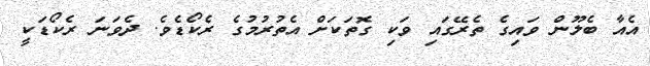
އެއާ ބެލޫން ވައިގެ ތެރޭގައި ވަކި ގޮތަކަށް އެތުރުމުގެ ރެކޯޑެވެ. ދެވަނަ ރެކޯޑަކީ